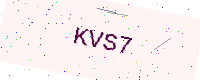
Text: KVS7